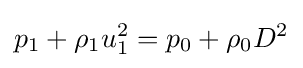
p_{1}+\rho _{1}u_{1}^{2}=p_{0}+\rho _{0}D^{2}